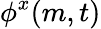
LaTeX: \phi^{x}(m,t)